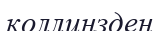
коллинзден